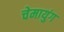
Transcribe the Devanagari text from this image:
चेमायुंग